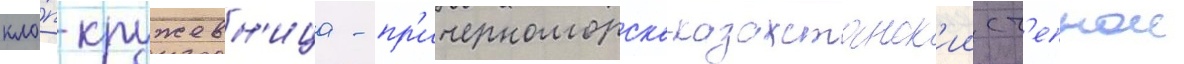
кло́п-кружевн'ица - пр'ичерноморско-казахстанск'ии ст'епнои